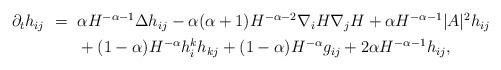
LaTeX: \begin{align*} \begin{aligned} \partial_th_{ij}~=~&\alpha H^{-\alpha-1}\Delta h_{ij}-\alpha(\alpha+1)H^{-\alpha-2}\nabla_iH\nabla_jH+\alpha H^{-\alpha-1}|A|^2h_{ij}\\ &+(1-\alpha)H^{-\alpha}h_i^kh_{kj}+(1-\alpha)H^{-\alpha}g_{ij}+2\alpha H^{-\alpha-1}h_{ij}, \end{aligned} \end{align*}